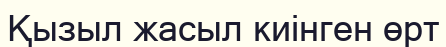
Қызыл жасыл киінген өрт